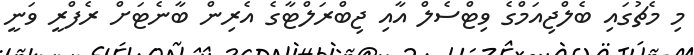
މި މެޗުގައި ބެލްޖިއަމްގެ ވިޓްސެލް އާއި ޖިބްރަލްޓާގެ އެރިން ބާނެޓަށް ރެފްރީ ވަނީ